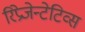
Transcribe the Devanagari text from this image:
रिप्रेजेन्टेटिव्स